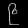
Digit: ၉